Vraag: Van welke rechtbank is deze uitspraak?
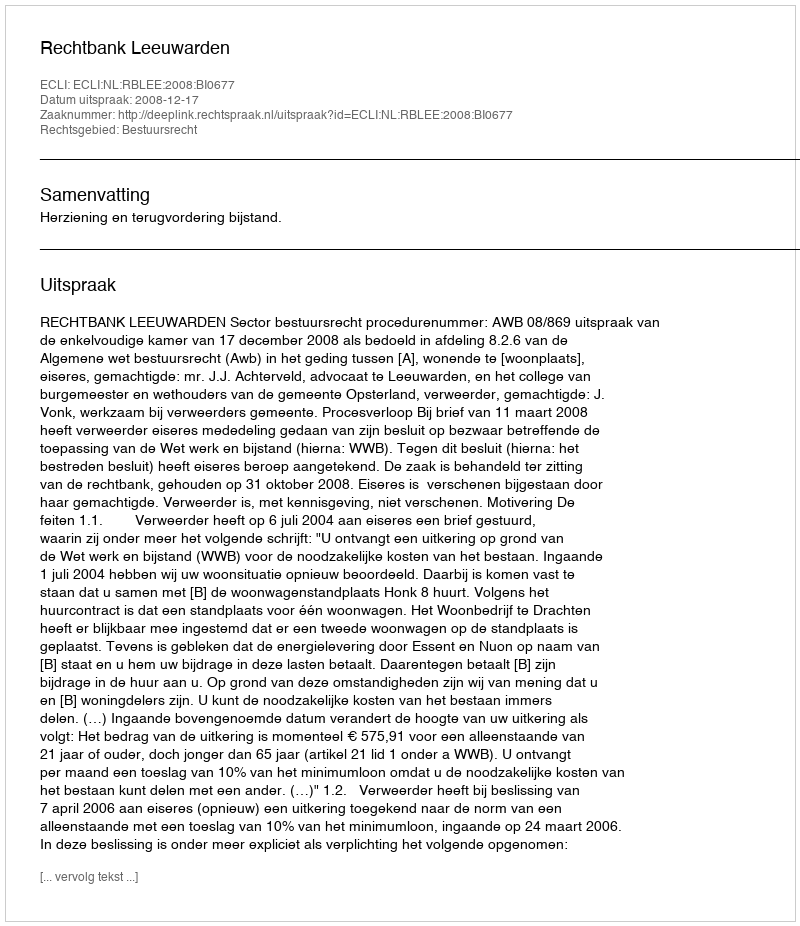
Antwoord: Rechtbank Leeuwarden